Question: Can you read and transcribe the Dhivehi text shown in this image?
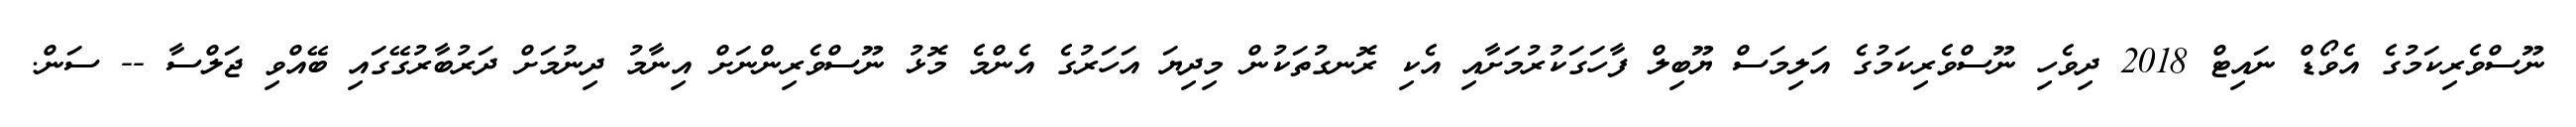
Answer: ނޫސްވެރިކަމުގެ އެވޯޑް ނައިޓް 2018 ދިވެހި ނޫސްވެރިކަމުގެ އަލިމަސް ޔޫބިލް ފާހަގަކުރުމަށާއި އެކި ރޮނގުތަކުން މިދިޔަ އަހަރުގެ އެންމެ މޮޅު ނޫސްވެރިންނަށް އިނާމު ދިނުމަށް ދަރުބާރުގޭގައި ބޭއްވި ޖަލްސާ -- ސަން.